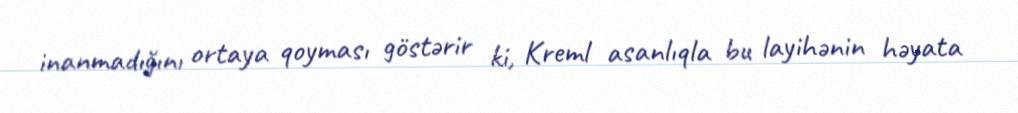
inanmadığını ortaya qoyması göstərir ki, Kreml asanlıqla bu layihənin həyata